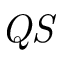
\it Q S